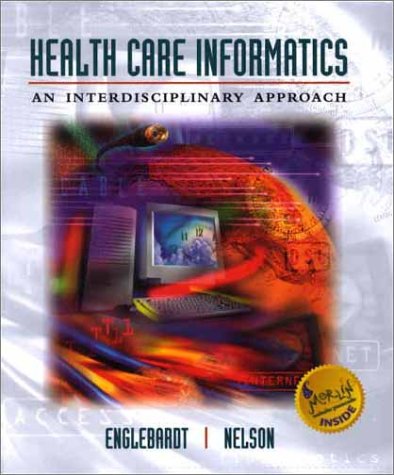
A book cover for Health Care Informatics: An Interdisciplinary Approach (Book + Web Course); Sheila P. Englebardt PhD  RN  CAN; Medical Books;